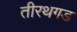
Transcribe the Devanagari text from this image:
तीरथगड